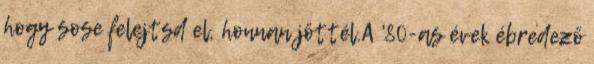
hogy sose felejtsd el, honnan jöttél.A '80-as évek ébredező